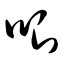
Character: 哏